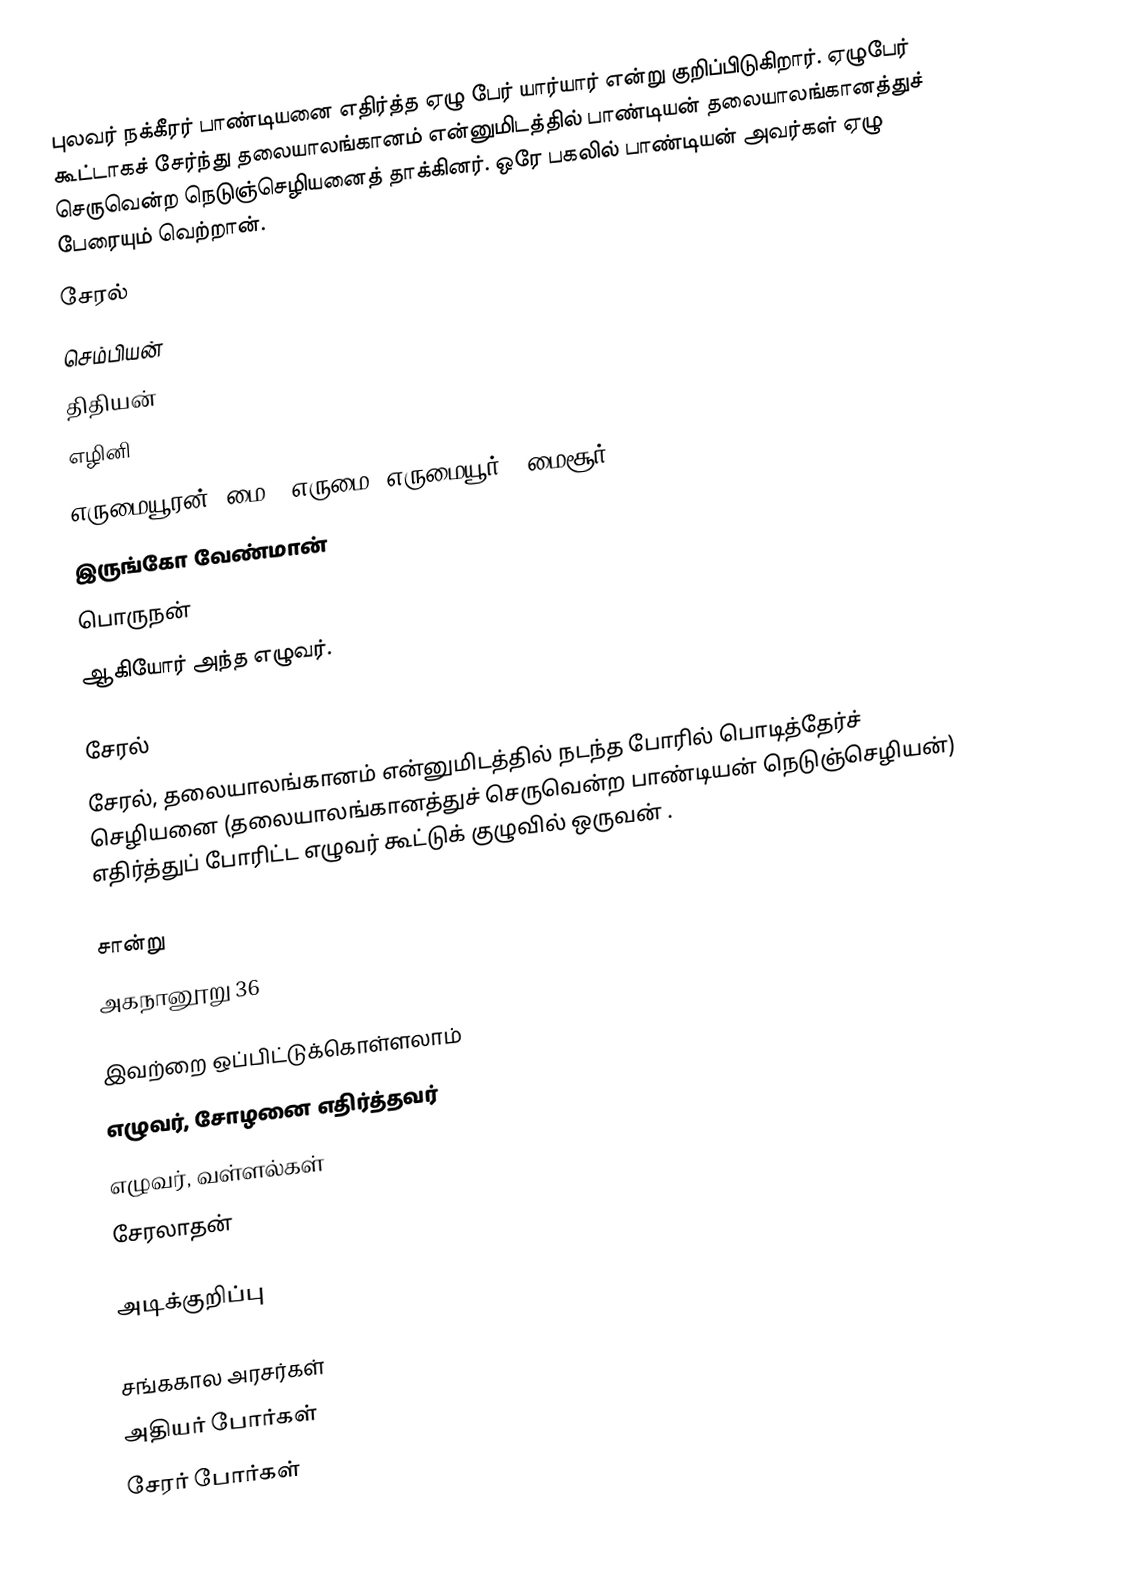
புலவர் நக்கீரர் பாண்டியனை எதிர்த்த ஏழு பேர் யார்யார் என்று குறிப்பிடுகிறார். ஏழுபேர் கூட்டாகச் சேர்ந்து தலையாலங்கானம் என்னுமிடத்தில் பாண்டியன் தலையாலங்கானத்துச் செருவென்ற நெடுஞ்செழியனைத் தாக்கினர். ஒரே பகலில் பாண்டியன் அவர்கள் ஏழு பேரையும் வெற்றான்.
 சேரல்
 செம்பியன்
 திதியன்
 எழினி
 எருமையூரன் (மை = எருமை, எருமையூர் = மைசூர்)
 இருங்கோ வேண்மான்
 பொருநன்
ஆகியோர் அந்த எழுவர்.

சேரல்
சேரல், தலையாலங்கானம் என்னுமிடத்தில் நடந்த போரில் பொடித்தேர்ச் செழியனை (தலையாலங்கானத்துச் செருவென்ற பாண்டியன் நெடுஞ்செழியன்) எதிர்த்துப் போரிட்ட எழுவர் கூட்டுக் குழுவில் ஒருவன் .

சான்று
அகநானூறு 36

இவற்றை ஒப்பிட்டுக்கொள்ளலாம்
 எழுவர், சோழனை எதிர்த்தவர்
 எழுவர், வள்ளல்கள்
 சேரலாதன்

அடிக்குறிப்பு

சங்ககால அரசர்கள்
அதியர் போர்கள்
சேரர் போர்கள்